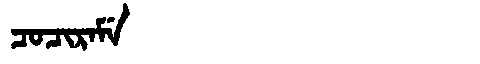
Manchu: ᠴᠣᠴᡳᡵᠠᠮᡝ
Romanization: COCIRAME